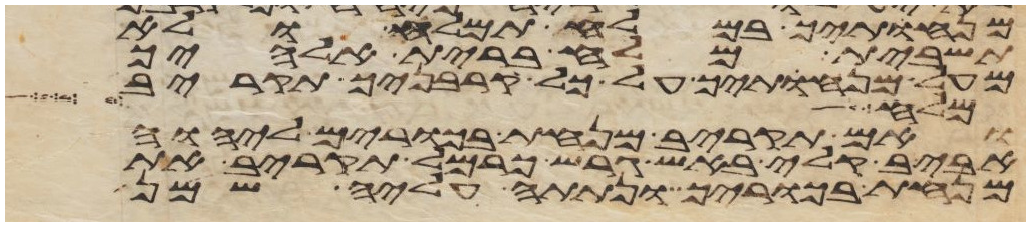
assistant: מנחתך במלח תמלח ולא
תשבית מלח ברית אלהיך
מעל מנחתך על כל קרבניך תקריב
קלעים לחצר שש
ואם תקריב מנחת בכורים ליהוה
אביב קלי באש גרש כרמל תקריב את
מנחת בכוריך ונתתה עליה שמן